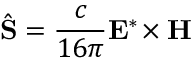
\hat { \mathbf { S } } = \frac { c } { 1 6 \pi } \mathbf { E } ^ { * } \! \times \mathbf { H }